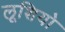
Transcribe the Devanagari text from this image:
लूशियो